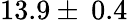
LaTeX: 13.9\pm\: 0.4